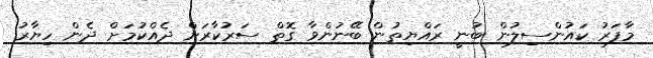
މާފަރު ކައުންސިލުން ބުނީ ރައްޔިތުން ބޭނުންވާ ގޮތް ސަރުކާރަށް ދެއްކުމަށް ދެން ހިޔާރު